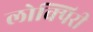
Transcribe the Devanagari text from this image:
लोक्पिरी